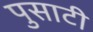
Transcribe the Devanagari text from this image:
पुसाटी